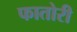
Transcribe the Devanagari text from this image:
फातोरी